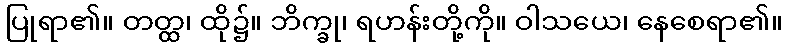
ပြုရာ၏။ တတ္ထ၊ ထို၌။ ဘိက္ခု၊ ရဟန်းတို့ကို။ ဝါသယေ၊ နေစေရာ၏။